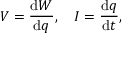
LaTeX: V = { \frac { \mathrm { d } W } { \mathrm { d } q } } , \quad I = { \frac { \mathrm { d } q } { \mathrm { d } t } } , \,